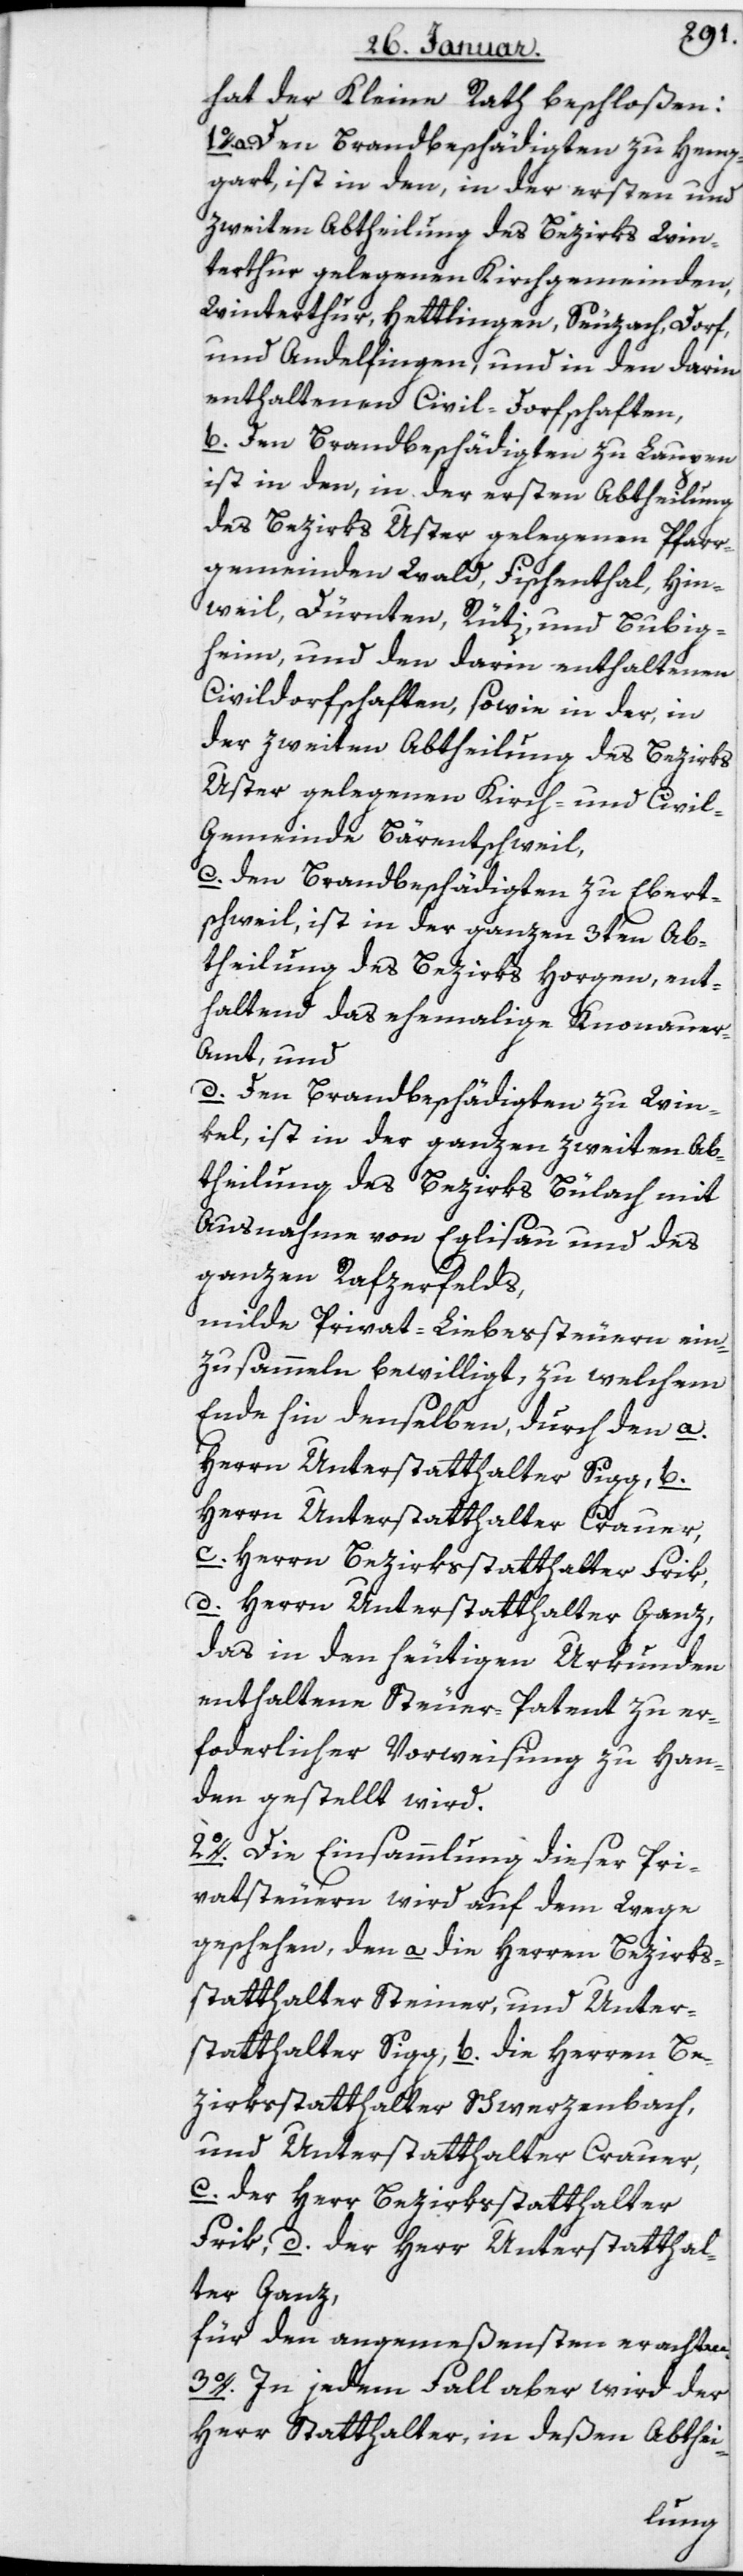
hat der Kleine Rath beschloßen:
1. Den Brandbeschädigten zu Heng¬
gart ist in den, in der ersten und
zweyten Abtheilung des Bezirks Win¬
terthur gelegenen Kirchgemeinden,
Winterthur, Hettlingen, Seuzach, Dorf
und Andelfingen, und in den darin
enthaltenen Civil-Dorfschaften;
b. Den Brandbeschädigten zu Laupen
ist in den, in der ersten Abtheilung
des Bezirks Uster gelegenen Pfarr¬
gemeinden Wald, Fischenthal, Hin¬
weil, Dürnten, Rüti und Bubig¬
heim, und den darin enthaltenen
Civildorfschaften sowie in der, in
der zweyten Abtheilung des Bezirks
Uster gelegenen Kirch- und Civil¬
gemeinde Bärentschweil,
c. den Brandbeschädigten zu Ebert¬
schweil ist in der ganzen 3ten Ab¬
theilung des Bezirks Horgen, ent¬
haltend das ehemalige Knonauer-A¬
mt, und
d. den Brandbeschädigten zu Win¬
kel, ist in der ganzen zweyten Ab¬
theilung des Bezirk Bülach mit
Ausnahme von Eglisau und des
ganzen Rafzerfelds,
milde Privat-Liebessteuern ein¬
zusammeln bewilligt, zu welchem
Ende hin denselben, durch den a.
Herrn Unterstatthalter Sigg, b.
Herrn Unterstatthalter Crauer,
c. Herrn Bezirksstatthalter Frik,
d. Herrn Unterstatthalter Ganz,
das in den heutigen Urkunden
enthaltene Steuer-Patent zu er¬
forderlicher Vorweisung zu Han¬
den gestellt wird.
2. Die Einsammlung dieser Pri¬
vatsteuern wird auf dem Wege
geschehen, den a. die Herren Bezirks¬
statthalter Steiner, und Unter¬
statthalter Sigg, b. die Herren Be¬
zirksstatthalter Schwerzenbach
und Unterstatthalter Crauer,
c. der Herr Bezirksstatthalter
Frik, d. der Herr Unterstatthal¬
ter Ganz
für den angemeßensten erachten.
3. In jedem Fall aber wird der
Herr Statthalter, in deßen Abthei-